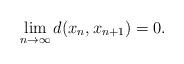
LaTeX: \begin{align*} \displaystyle \lim_{n \to \infty} d(x_n,x_{n+1})=0.\end{align*}